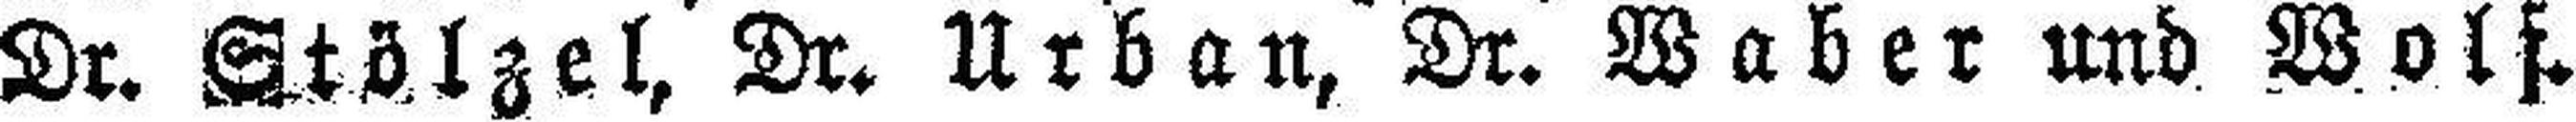
Dr. Stölzel, Dr. Urban, Dr. Waber und Wolf.